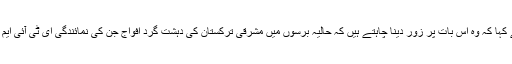
وزارت خارجہ کے ترجمان گینگ شوانگ نے کہا کہ وہ اس بات پر زور دینا چاہتے ہیں کہ حالیہ برسوں میں مشرقی ترکستان کی دہشت گرد افواج جن کی نمائندگی ای ٹی آئی ایم (مشرقی ترکستان اسلامی تحریک) کرتی ہے ۔